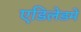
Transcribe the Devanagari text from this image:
एडिलेडमें